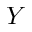
Y